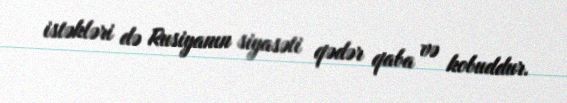
istəkləri də Rusiyanın siyasəti qədər qaba və kobuddur.